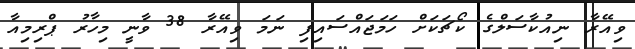
ވިއޭރާ ނިއުކާސަލްގެ ކޯޗަކަށް ހަމަޖައްސައިފި ނަމަ ވިއޭރާ 38 ވާނީ މިހާރު ޕްރިމިއާ